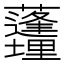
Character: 𱿊